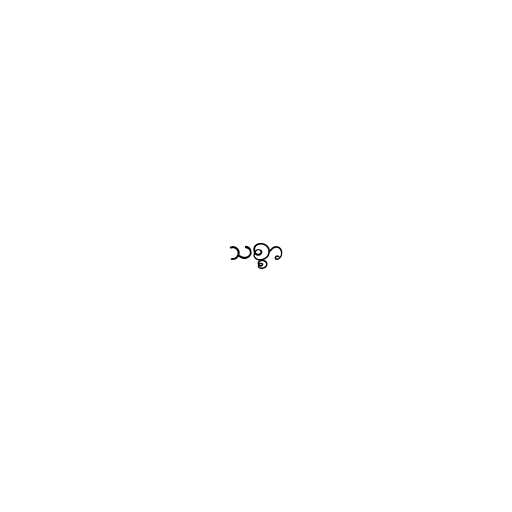
သစ္စာ